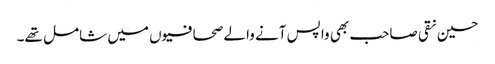
حسین نقی صاحب بھی واپس آنے والے صحافیوں میں شامل تھے۔